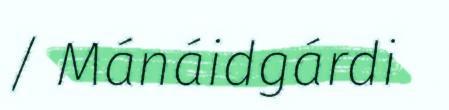
/ Mánáidgárdi